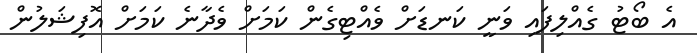
އެ ބޯޓު ގެއްލިފައި ވަނީ ކަނޑަށް ވެއްޓިގެން ކަމަށް ވެދާނެ ކަމަށް އޮފިޝަލުން